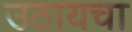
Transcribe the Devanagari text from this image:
उठायचा